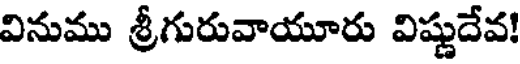
వినుము శ్రీగురువాయూరు విష్ణుదేవ!